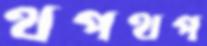
থপথপ